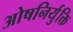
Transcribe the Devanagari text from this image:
ओषनिर्युक्ति